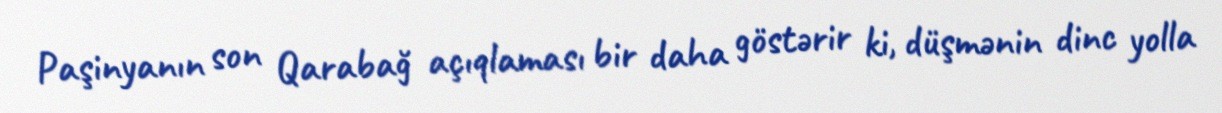
Paşinyanın son Qarabağ açıqlaması bir daha göstərir ki, düşmənin dinc yolla